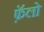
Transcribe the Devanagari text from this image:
फ़ॅलो